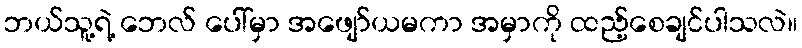
ဘယ်သူ့ရဲ့ ဘေလ် ပေါ်မှာ အဖျော်ယမကာ အမှာကို ထည့်စေချင်ပါသလဲ။